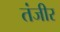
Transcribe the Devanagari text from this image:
तंजीर